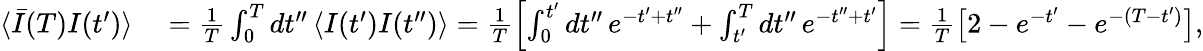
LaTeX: \begin{array}{rl}{\langle\bar{I}(T)I(t^{\prime})\rangle}&{{}=\frac{1}{T}\int_{0}^{T}dt^{\prime\prime}\, \langle I(t^{\prime})I(t^{\prime\prime})\rangle=\frac{1}{T}\left[\int_{0}^{t^{\prime}}dt^{\prime\prime}\, e^{-t^{\prime}+t^{\prime\prime}}+\int_{t^{\prime}}^{T}dt^{\prime\prime}\, e^{-t^{\prime\prime}+t^{\prime}}\right]=\frac{1}{T}\left[2-e^{-t^{\prime}}-e^{-(T-t^{\prime})}\right],}\end{array}